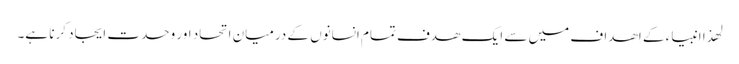
لھذا انبیاء کے اھداف میں سے ایک ھدف تمام انسانوں کے درمیان اتحاد اور وحدت ایجاد کرنا ہے۔